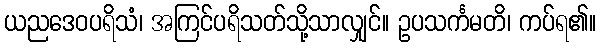
ယညဒေဝပရိသံ၊ အကြင်ပရိသတ်သို့သာလျှင်။ ဥပသင်္ကမတိ၊ ကပ်ရ၏။